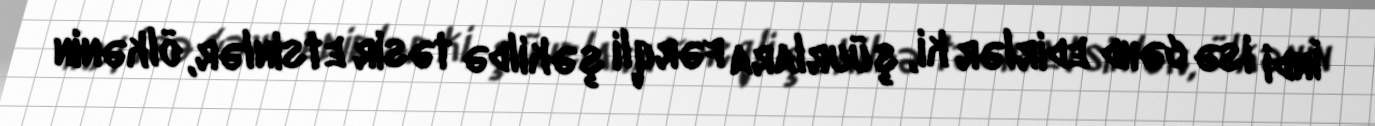
İndi isə cəhd edirlər ki, şüurlara fərqli şəkildə təsir etsinlər, ölkənin